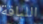
اللباقة